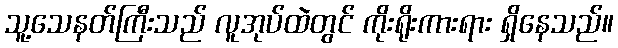
သူ့သေနတ်ကြီးသည် လူအုပ်ထဲတွင် ကိုးရိုးကားရား ရှိနေသည်။